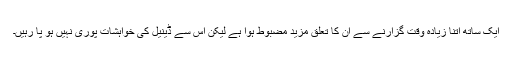
ایک ساتھ اتنا زیادہ وقت گزارنے سے ان کا تعلق مزید مضبوط ہوا ہے لیکن اس سے ڈینیل کی خواہشات پوری نہیں ہو پا رہیں۔